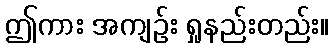
ဤကား အကျဉ်း ရှုနည်းတည်း။